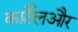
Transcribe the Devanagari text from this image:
कार्टेलऔर